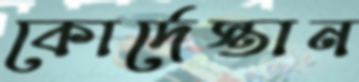
কোর্দেস্তান